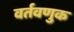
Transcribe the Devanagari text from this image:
वर्तवणुक